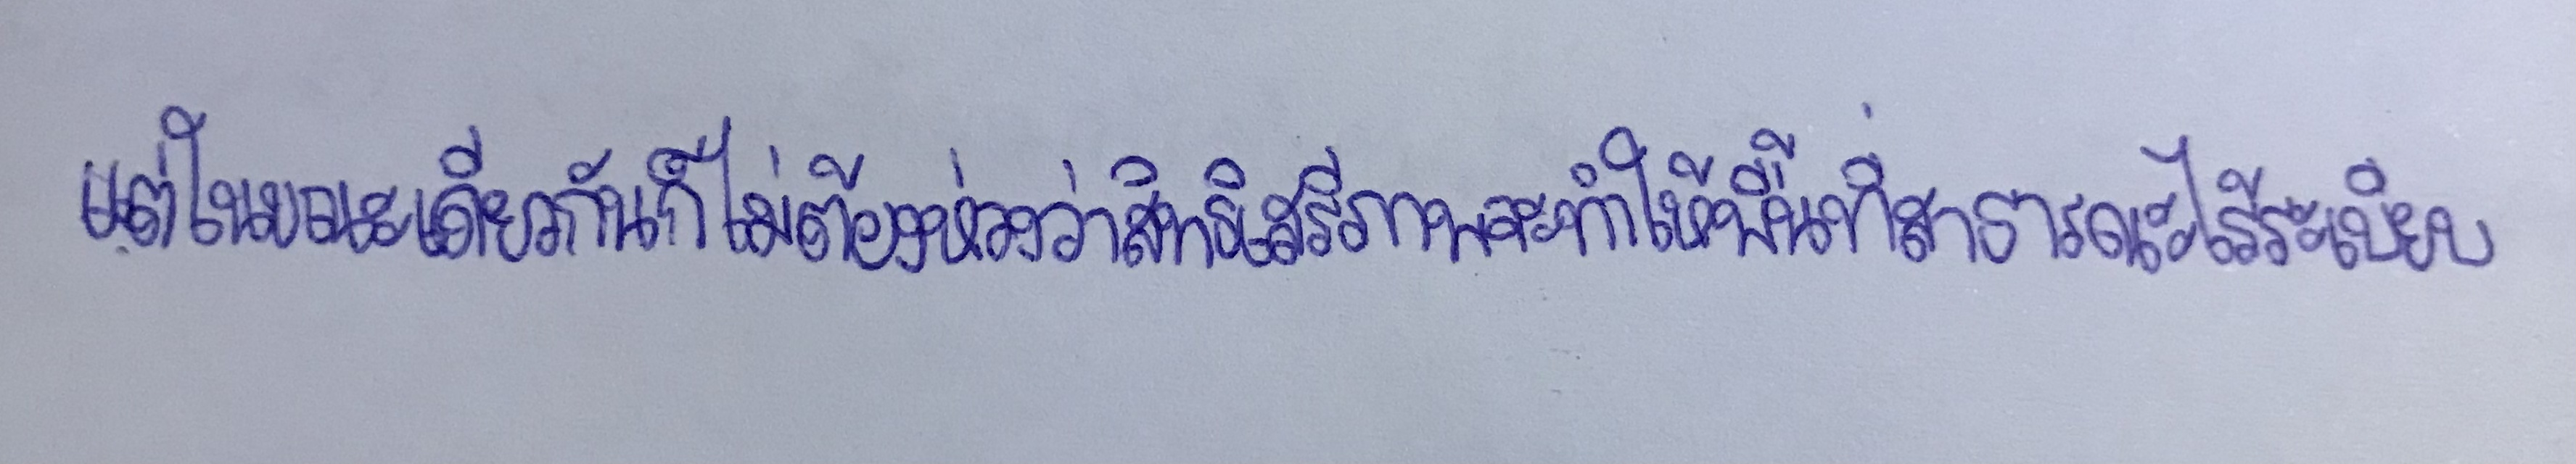
แต่ในขณะเดียวกันก็ไม่ต้องห่วงว่าสิทธิเสรีภาพจะทำให้พื้นที่สาธารณะไร้ระเบียบ